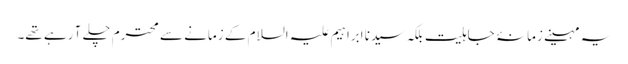
یہ مہینے زمانۂ جاہلیت بلکہ سیدنا ابراہیم علیہ السلام کے زمانے سے محترم چلے آ رہے تھے۔